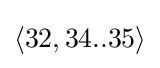
\langle 32,34..35\rangle